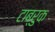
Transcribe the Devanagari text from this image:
टाब्रुक